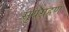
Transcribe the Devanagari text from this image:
सुर्यग्रहण